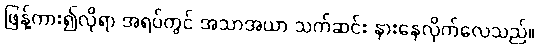
ဖြန့်ကား၍လိုရာ အရပ်တွင် အသာအယာ သက်ဆင်း နားနေလိုက်လေသည်။